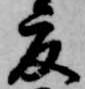
夏